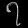
Digit: ၇